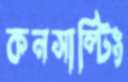
কনসাল্টিং